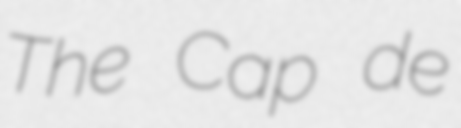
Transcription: The Cap de